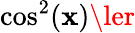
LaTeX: \cos^{2}(\mathbf{x})\ler